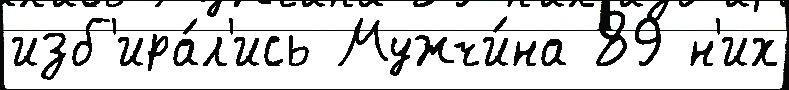
изб'ира́л'ись Мужчи́на 89 н'их